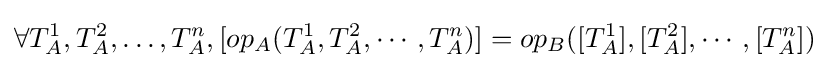
\forall T_{A}^{1},T_{A}^{2},\dots ,T_{A}^{n},[op_{A}(T_{A}^{1},T_{A}^{2},\cdots ,T_{A}^{n})]=op_{B}([T_{A}^{1}],[T_{A}^{2}],\cdots ,[T_{A}^{n}])